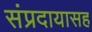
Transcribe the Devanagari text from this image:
संप्रदायासह